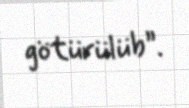
götürülüb”.